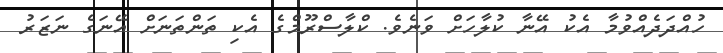
ހުއްދަދެއްވުމާ އެކު އޭނާ ކުލާހަށް ވަނެވެ. ކްލާސްރޫމްގެ އެކި ތަންތަނަށް އޭނަގެ ނަޒަރު